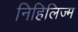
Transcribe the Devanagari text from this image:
निहिलिज्म